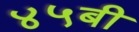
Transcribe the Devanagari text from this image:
४५बी